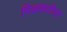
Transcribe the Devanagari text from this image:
मिळकतीवर